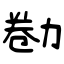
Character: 勌